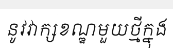
នូវវាក្សខណ្ឌមួយថ្មីក្នុង